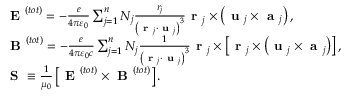
\begin{array} { r l } & { \textbf { E } ^ { ( t o t ) } = - \frac { e } { 4 \pi \varepsilon _ { 0 } } \sum _ { j = 1 } ^ { n } N _ { j } \frac { r _ { j } } { \left( \textbf { r } _ { j } \cdot \textbf { u } _ { j } \right) ^ { 3 } } \textbf { r } _ { j } \times \left( \textbf { u } _ { j } \times \textbf { a } _ { j } \right) , } \\ & { \textbf { B } ^ { ( t o t ) } = - \frac { e } { 4 \pi \varepsilon _ { 0 } c } \sum _ { j = 1 } ^ { n } N _ { j } \frac { 1 } { \left( \textbf { r } _ { j } \cdot \textbf { u } _ { j } \right) ^ { 3 } } \textbf { r } _ { j } \times \left[ \textbf { r } _ { j } \times \left( \textbf { u } _ { j } \times \textbf { a } _ { j } \right) \right] , } \\ & { \textbf { S } \equiv \frac { 1 } { \mu _ { 0 } } \left[ \textbf { E } ^ { ( t o t ) } \times \textbf { B } ^ { ( t o t ) } \right] . } \end{array}